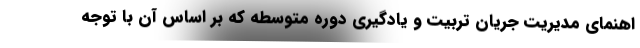
اهنمای مدیریت جریان تربیت و یادگیری دوره متوسطه که بر اساس آن با توجه